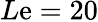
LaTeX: L\mathrm{e}=20